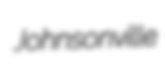
Johnsonville